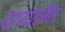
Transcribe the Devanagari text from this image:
वारयलेस